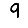
Digit: 9